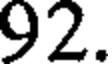
92.